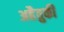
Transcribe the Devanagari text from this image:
अहैतुकी